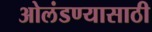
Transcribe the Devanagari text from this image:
ओलंडण्यासाठी